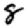
Digit: 8